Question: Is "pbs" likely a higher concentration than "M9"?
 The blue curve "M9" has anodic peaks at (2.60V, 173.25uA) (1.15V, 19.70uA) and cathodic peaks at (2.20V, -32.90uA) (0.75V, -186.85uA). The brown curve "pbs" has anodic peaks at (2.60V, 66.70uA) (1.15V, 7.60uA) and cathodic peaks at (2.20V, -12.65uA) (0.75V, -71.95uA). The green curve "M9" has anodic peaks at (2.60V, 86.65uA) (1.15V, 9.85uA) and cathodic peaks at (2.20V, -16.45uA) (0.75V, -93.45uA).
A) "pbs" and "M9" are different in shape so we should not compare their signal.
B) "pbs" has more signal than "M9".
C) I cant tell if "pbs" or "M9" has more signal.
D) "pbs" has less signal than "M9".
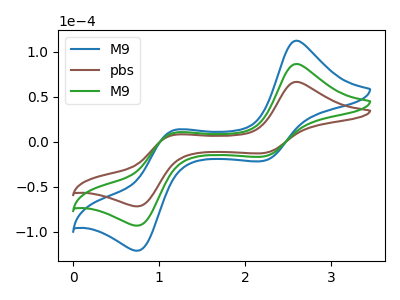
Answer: <think>All the peaks in "pbs" have a peak in "M9" at the same potential. Every peak in "pbs" is lower than every peak in "M9".
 </think>
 <answer>D) "pbs" has less signal than "M9".</answer>
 <eval>D</eval>